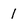
Character: 1